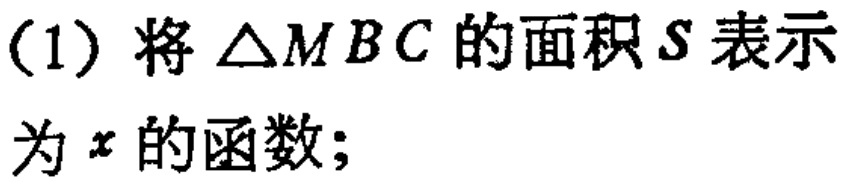
(1) 将$\triangle MBC$的面积$S$表示为$x$的函数；